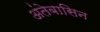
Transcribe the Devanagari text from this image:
अंतेबासिन